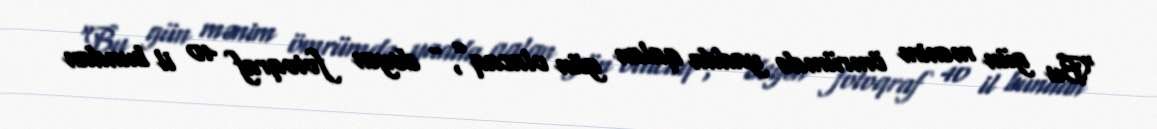
“Bu gün mənim ömrümdə yadda qalan gün olacaq”, - deyən fotoqraf 40 il bundan